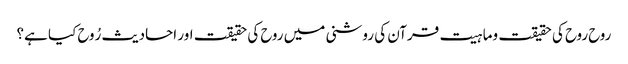
روح روح کی حقیقت وماہیت قرآن کی روشنی میں روح کی حقیقت اور احادیث رُوح کیا ہے؟